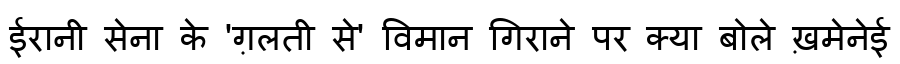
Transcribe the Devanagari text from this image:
ईरानी सेना के 'ग़लती से' विमान गिराने पर क्या बोले ख़मेनेई